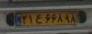
۲۱ع۶۶۸۹۸